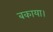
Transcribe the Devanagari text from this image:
बकाया।